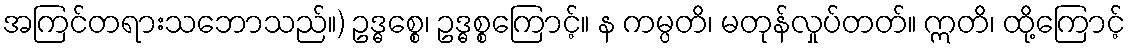
အကြင်တရားသဘောသည်။) ဥဒ္ဓစ္စေ၊ ဥဒ္ဓစ္စကြောင့်။ န ကမ္ပတိ၊ မတုန်လှုပ်တတ်။ ဣတိ၊ ထို့ကြောင့်